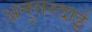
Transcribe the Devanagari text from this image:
अनुत्तरदाई